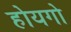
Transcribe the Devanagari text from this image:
होयगो